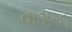
વાઝરદા